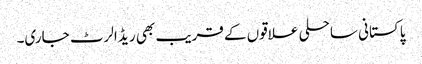
پاکستانی ساحلی علاقوں کے قریب بھی ریڈ الرٹ جاری۔